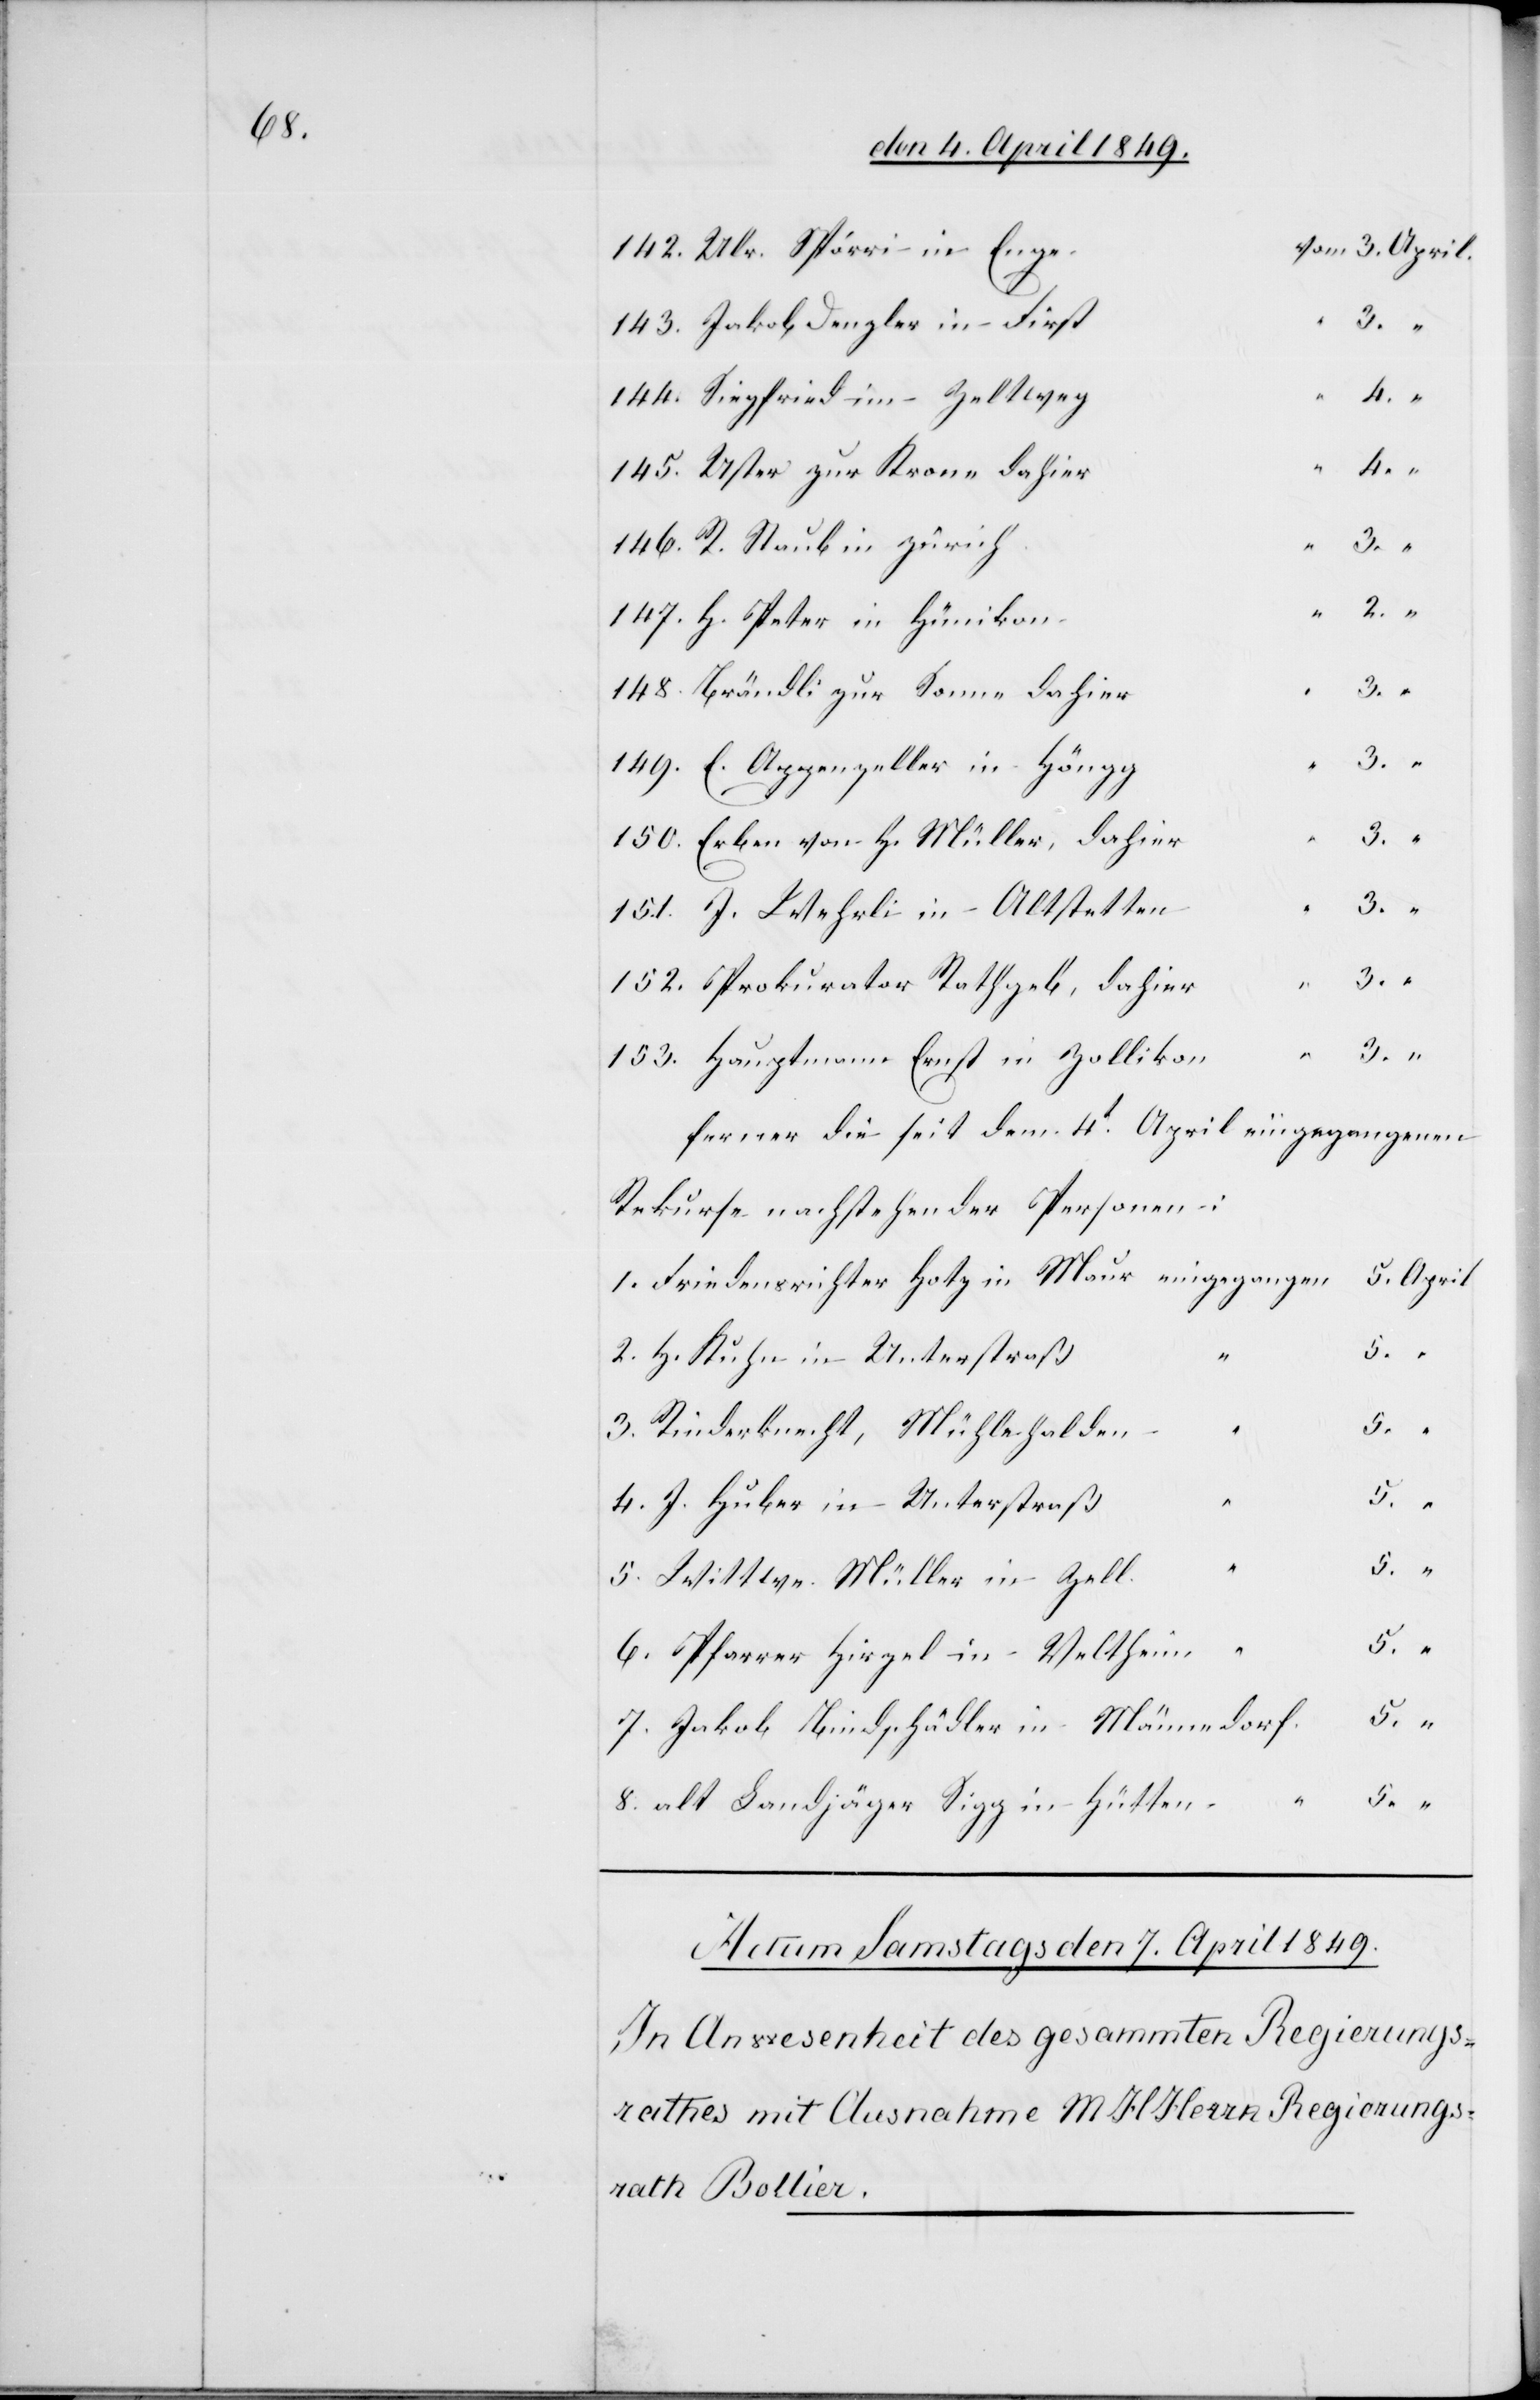
6.

e	vom 	3.	April.
142. Ulr. Spörri in Eng¬
143. Jakob Denzler in
4. J.
145. Uster zur Krone dahie¬
r	“	4.		“
146. R. Staub in Zürich
148. Brändli zur Sonne dahie¬
149. E. Appenzeller in Höng¬
150. Erben von H. Müller, dahie¬
151. J. Wehrli in Altstette¬
n	“	3.		“
152. Prokurator Rathgeb, dahie¬
153. Hauptmann Ernst in Zolliko¬
ferner die seit dem 4t April eingegangenen
Rekurse nachstehender Personen:
n		“		5.		“
1. Friedensrichter Hotz in Maur 	eingegange¬
2. H. Kuhn in Unterstraß
3.
5.
in
Hirzel
7. Jakob Bindschädler in Männedor¬
8. alt Landjäger Sigg in Hütte¬